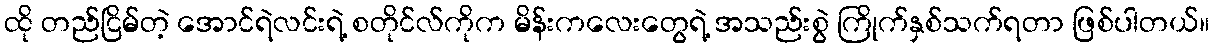
ထို တည်ငြိမ်တဲ့ အောင်ရဲလင်းရဲ့ စတိုင်လ်ကိုက မိန်းကလေးတွေရဲ့ အသည်းစွဲ ကြိုက်နှစ်သက်ရတာ ဖြစ်ပါတယ်။